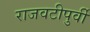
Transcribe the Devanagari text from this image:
राजवटीपुर्वी